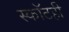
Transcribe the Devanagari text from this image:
स्कॉटही